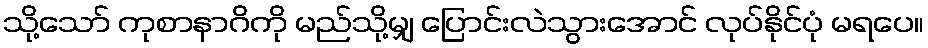
သို့သော် ကုစာနာဂိကို မည်သို့မျှ ပြောင်းလဲသွားအောင် လုပ်နိုင်ပုံ မရပေ။